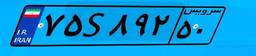
۲۹S۰۴۶۴۹